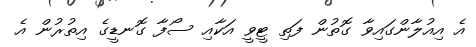
އެ އިއުލާންގައިވާ ގޮތުން ފަތި ޓީވީ އަކާއި ސޯފާ ގޮނޑީގެ އިތުރުން އެ